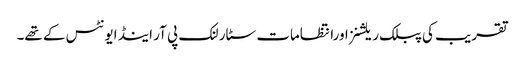
تقریب کی پبلک ریلشنزاورانتظامات سٹار لنک پی آر اینڈ ایونٹس کے تھے۔